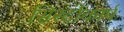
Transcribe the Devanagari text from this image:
सिस्टोकार्प